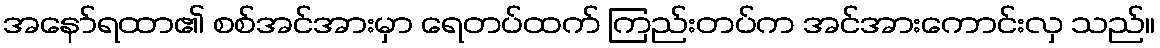
အနော်ရထာ၏ စစ်အင်အားမှာ ရေတပ်ထက် ကြည်းတပ်က အင်အားကောင်းလှ သည်။